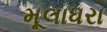
મૂલાધરા